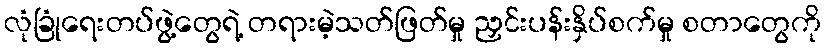
လုံခြုံရေးတပ်ဖွဲ့တွေရဲ့ တရားမဲ့သတ်ဖြတ်မှု ညှင်းပန်းနှိပ်စက်မှု စတာတွေကို